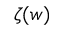
\zeta ( w )